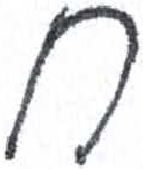
אות: ח